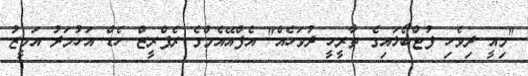
"މިއީ ދިވެހި ފުޓްބޯޅައިގެ ތާރީހީ ދުވަހެއް" އެފްްއޭއެމްގެ ރެފްރީޒް ހެޑް އަހުމަދު އަމީޒު